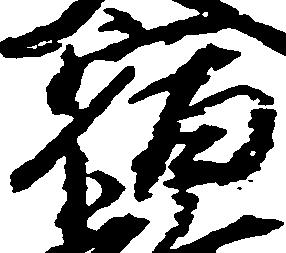
宿